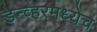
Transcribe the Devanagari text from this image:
डेन्व्हरमध्येच